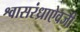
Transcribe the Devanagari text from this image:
श्वासरंध्राऐवजी